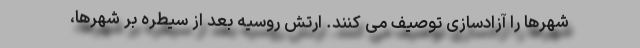
شهرها را آزادسازی توصیف می کنند. ارتش روسیه بعد از سیطره بر شهرها،